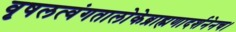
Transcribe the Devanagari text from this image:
वृषलत्वंगतालोकेब्राह्मणादर्शनेनच।